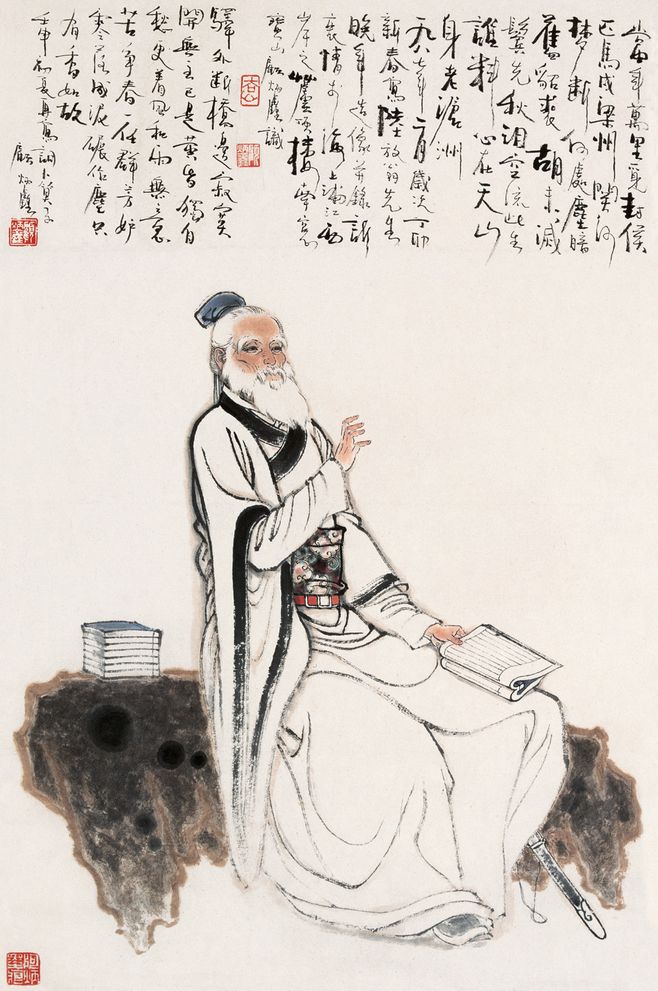
当年万里觅封侯。匹马戍梁州。